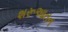
શરૂઆતન